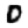
Digit: 0